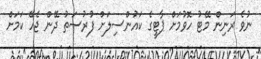
ނުވެ ރަނިން މޭޓު ހޮވުމަށް ޕާޓީގެ ކައަުންސިލަށް ފުރުސަތު ދޭން ޖެހޭ ކަމަށް